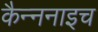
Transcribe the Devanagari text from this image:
कैन्ननाइच